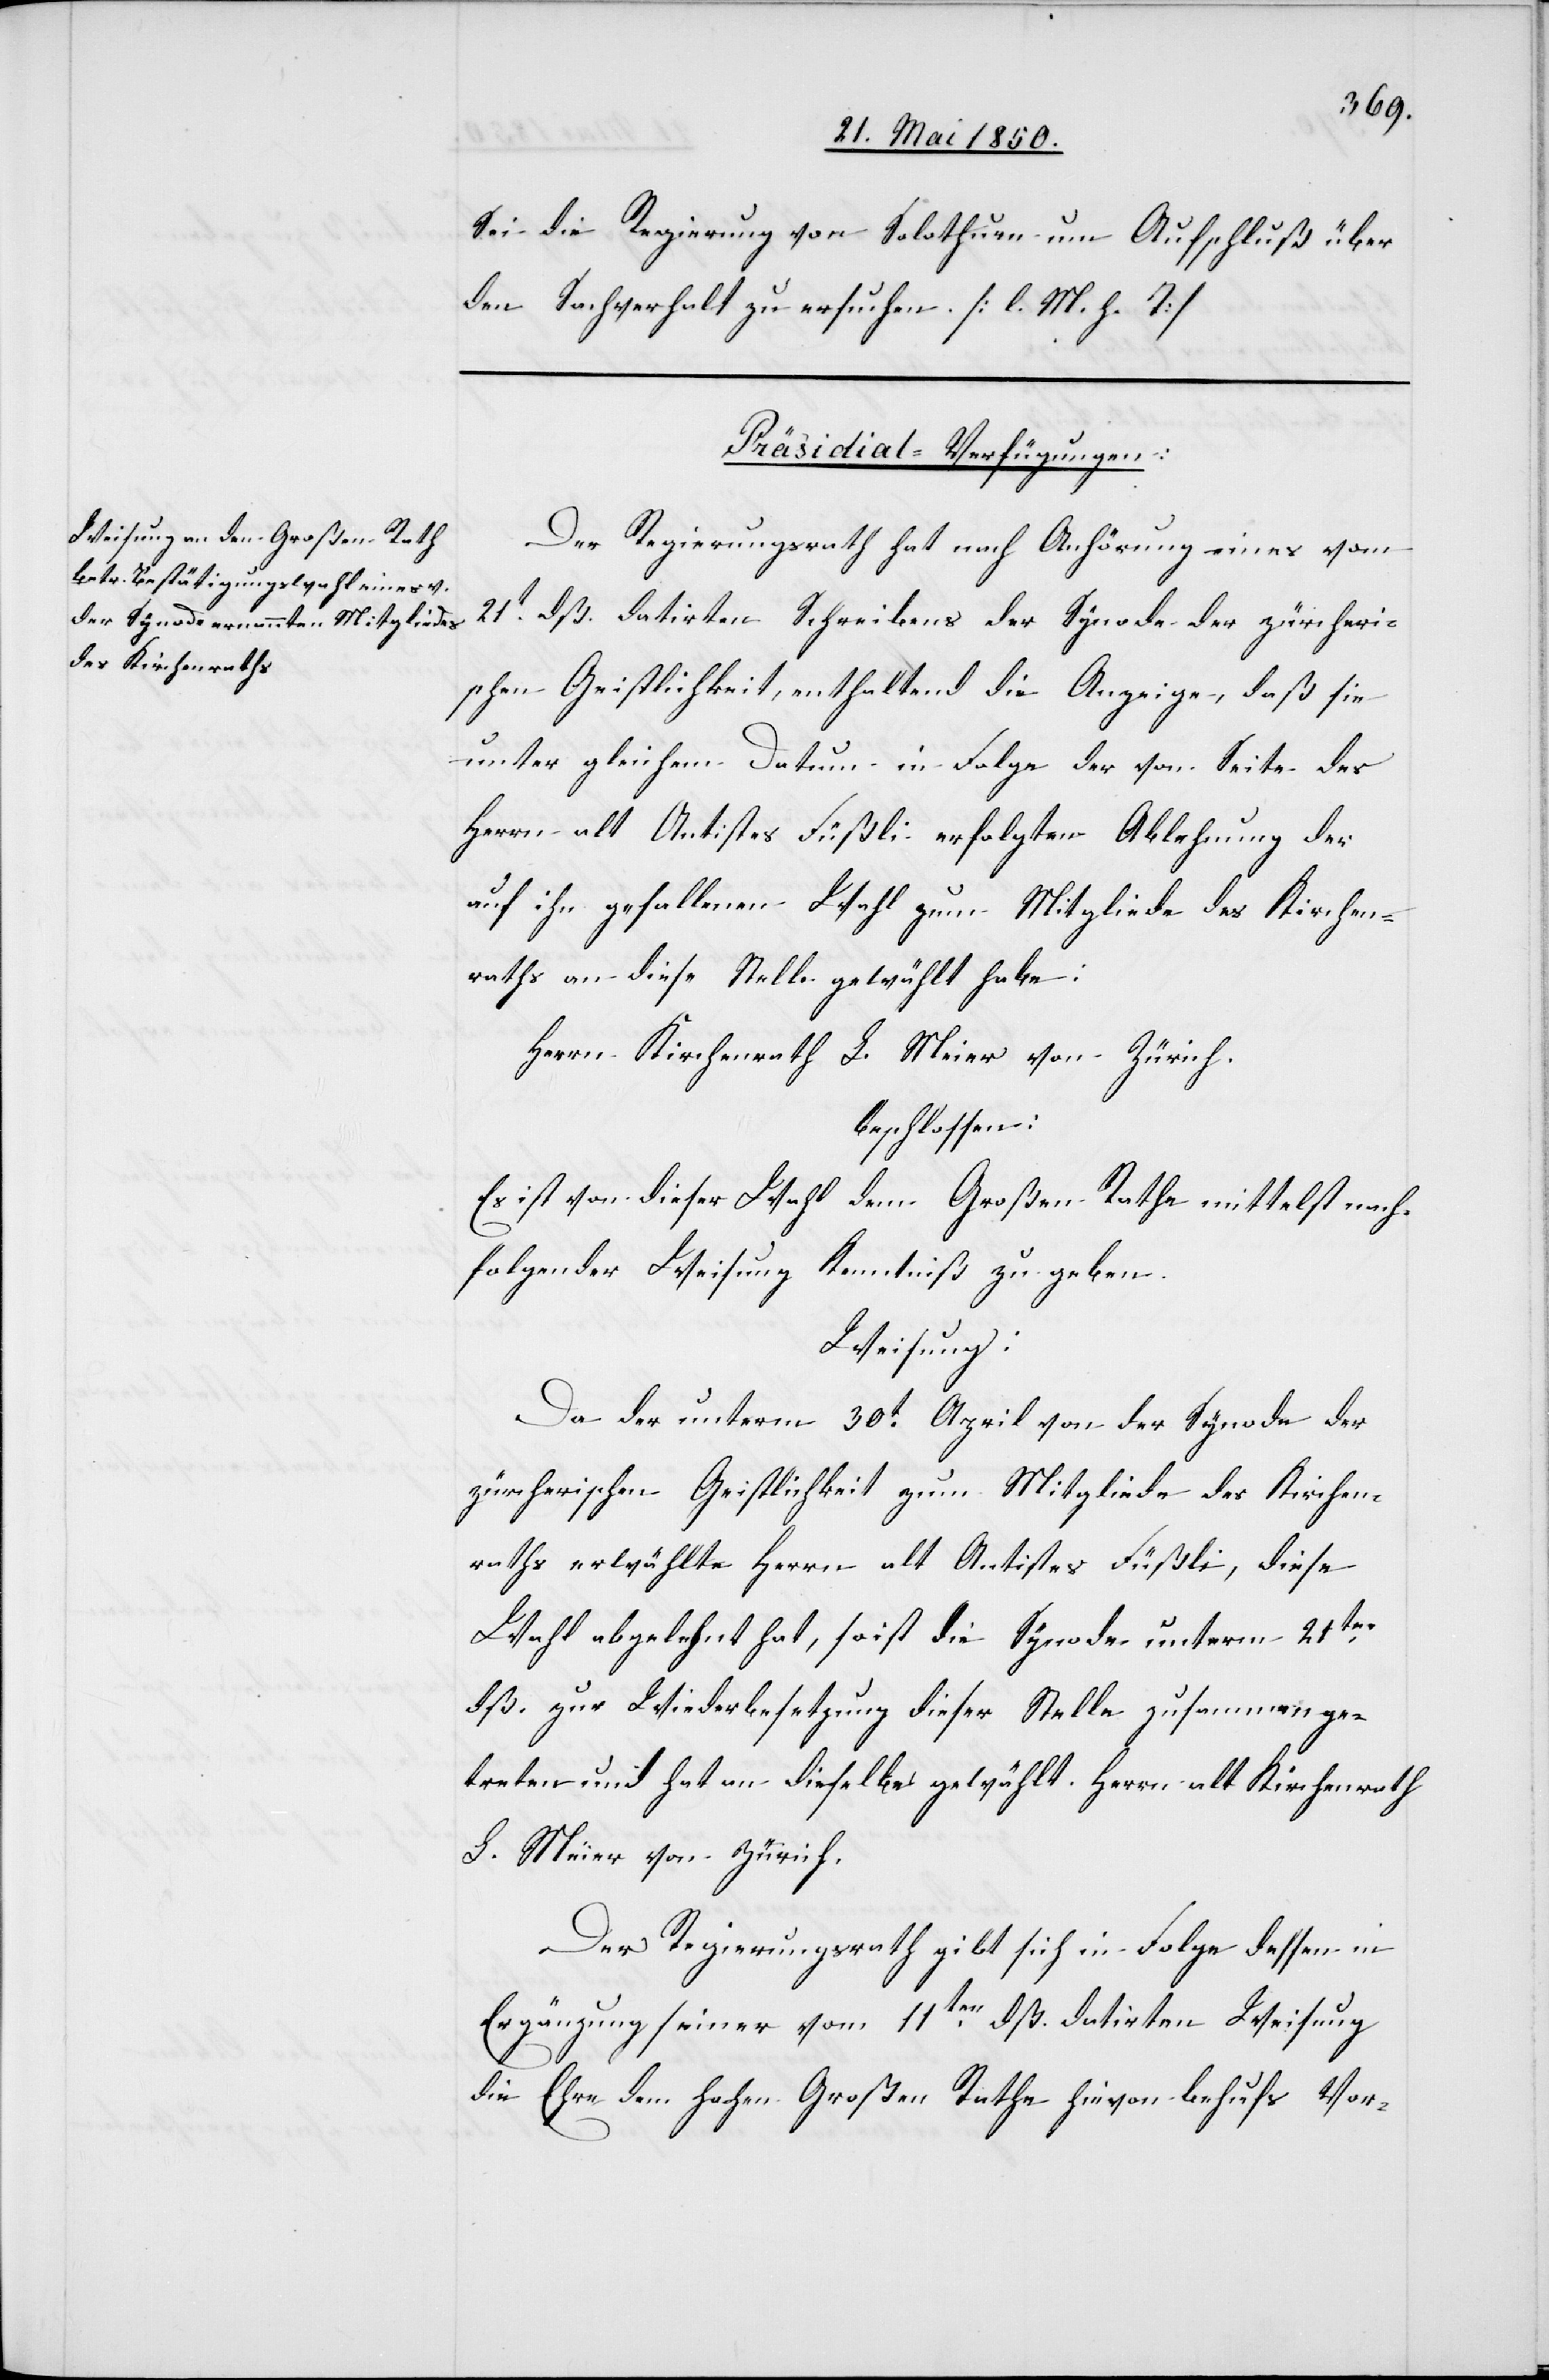
21. Mai 1850.]
Sei die Regierung von Solothurn um Aufschluß über
den Sachverhalt zu ersuchen. [l. M. h. T]
Präsidial-Verfügungen:
Der Regierungsrath hat nach Anhörung eines vom
21t dß. datirten Schreibens der Synode der zürcheri¬
schen Geistlichkeit, enthaltend die Anzeige, daß sie
unter gleichem Datum in Folge der von Seite des
Herrn alt Antistes Füßli erfolgten Ablehnung der
auf ihn gefallenen Wahl zum Mitgliede des Kirchen¬
raths an diese Stelle gewählt habe:
Herrn Kirchenrath L. Meier von Zürich.
beschlossen:
Es ist von dieser Wahl dem Großen Rathe mittelst nach¬
folgender Weisung Kenntniß zu geben.
Weisung:
Da der unterm 30t April von der Synode der
zürcherischen Geistlichkeit zum Mitgliede des Kirchen¬
raths erwählte Herrn alt Antistes Füßli, diese
Wahl abgelehnt hat, so ist die Synode unterm 21ten
dß. zur Wiederbesetzung dieser Stelle zusammenge¬
treten und hat an dieselbe gewählt Herrn alt Kirchenrath
L. Meier von Zürich.
Der Regierungsrath gibt sich in Folge dessen in
Ergänzung seiner vom 11ten dß. datirten Weisung
die Ehre dem hohen Großen Rathe hievon behufs Vor-